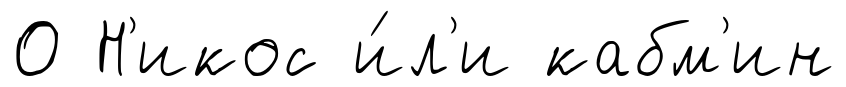
0 Н'икос и́л'и кабм'ин